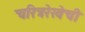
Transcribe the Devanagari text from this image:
चरित्ररेखेची